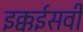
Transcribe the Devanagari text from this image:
इक्कईसवीं